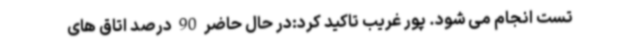
تست انجام می شود. پور غریب تاکید کرد:در حال حاضر 90 درصد اتاق های